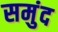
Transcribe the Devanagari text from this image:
समुंद